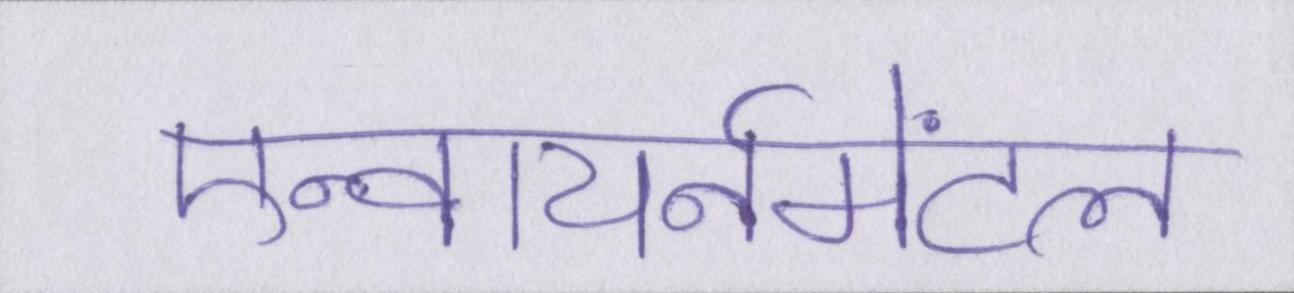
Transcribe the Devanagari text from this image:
एन्वायर्नमेंटल